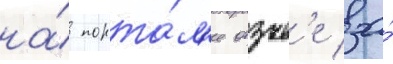
на́ порта́л'е отзыв'е за́